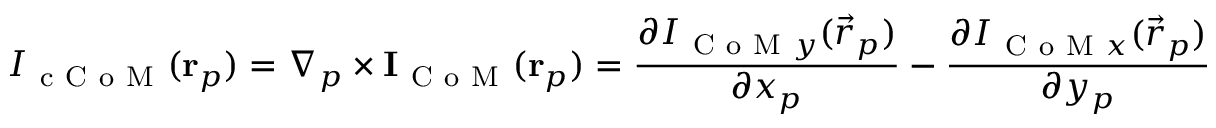
I _ { \mathrm { ~ c ~ C ~ o ~ M ~ } } ( \mathbf { r } _ { p } ) = \nabla _ { p } \times \mathbf { I } _ { \mathrm { ~ C ~ o ~ M ~ } } ( \mathbf { r } _ { p } ) = \frac { \partial I _ { \mathrm { ~ C ~ o ~ M ~ } y } ( \vec { r } _ { p } ) } { \partial x _ { p } } - \frac { \partial I _ { \mathrm { ~ C ~ o ~ M ~ } x } ( \vec { r } _ { p } ) } { \partial y _ { p } }